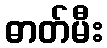
ဓာတ်မီး